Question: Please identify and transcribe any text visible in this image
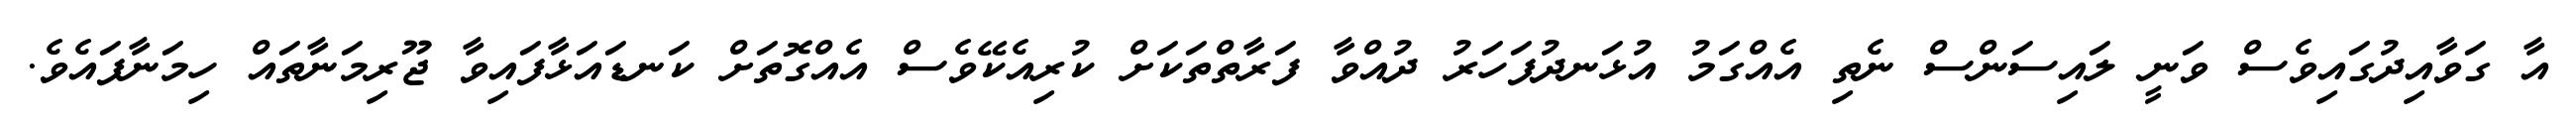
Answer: އާ ގަވާއިދުގައިވެސް ވަނީ ލައިސަންސް ނެތި އެއްގަމު އުޅަނދުފަހަރު ދުއްވާ ފަރާތްތަކަށް ކުރިއެކޭވެސް އެއްގޮތަށް ކަނޑައަޅާފައިވާ ޖޫރިމަނާތައް ހިމަނާފައެވެ.